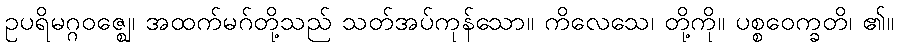
ဥပရိမဂ္ဂဝဇ္ဈေ၊ အထက်မဂ်တို့သည် သတ်အပ်ကုန်သော။ ကိလေသေ၊ တို့ကို။ ပစ္စဝေက္ခတိ၊ ၏။